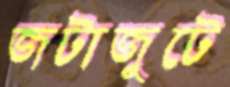
জটাজুটে